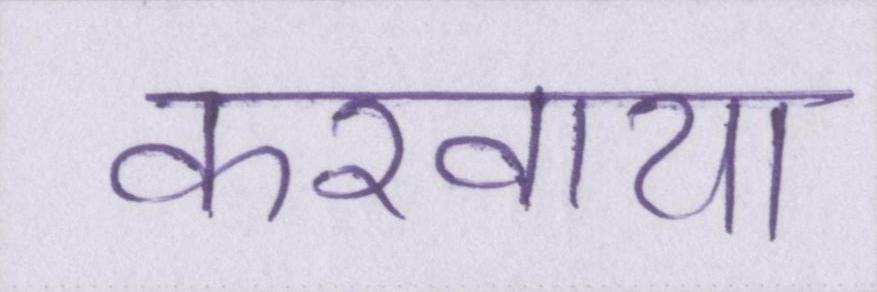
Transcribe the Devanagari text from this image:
करवाया